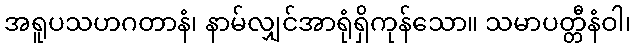
အရူပသဟဂတာနံ၊ နာမ်လျှင်အာရုံရှိကုန်သော။ သမာပတ္တီနံဝါ၊